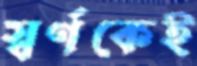
স্বর্ণকেই